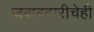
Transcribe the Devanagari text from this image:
जबाबदारीचेही